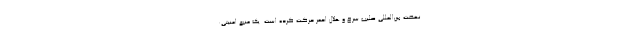
نهضت بین‌المللی صلیب سرخ و هلال احمر حرکت کرده است. یک منبع امنیتی: